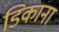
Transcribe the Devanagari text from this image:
डिकाना